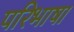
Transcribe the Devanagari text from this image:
परिभाषा